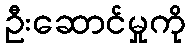
ဦးဆောင်မှုကို